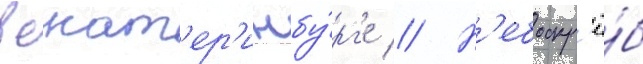
в екат'ер'инбу́рг'е // Н'ебоскр'ё́б